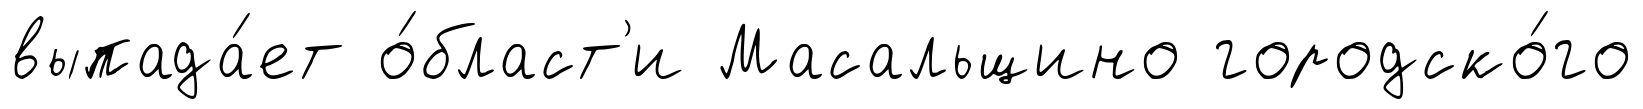
выпада́ет о́бласт'и Масальщино городско́го